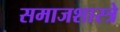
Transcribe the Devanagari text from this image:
समाजशास्त्रे